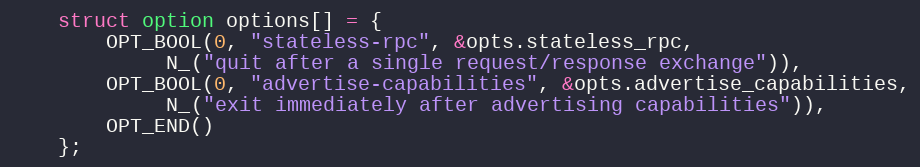
Language: C
	struct option options[] = {
		OPT_BOOL(0, "stateless-rpc", &opts.stateless_rpc,
			 N_("quit after a single request/response exchange")),
		OPT_BOOL(0, "advertise-capabilities", &opts.advertise_capabilities,
			 N_("exit immediately after advertising capabilities")),
		OPT_END()
	};